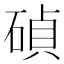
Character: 碵